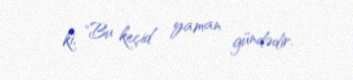
ki, "Bu keçid yaman gündədir.